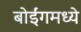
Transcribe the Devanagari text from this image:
बोईंगमध्ये